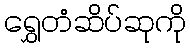
ရွှေတံဆိပ်ဆုကို